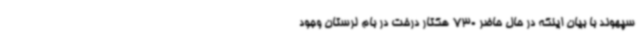
سپهوند با بیان اینکه در حال حاضر 730 هکتار درخت در بام لرستان وجود